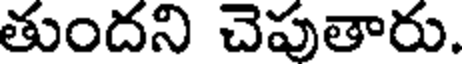
తుందని చెపుతారు.